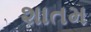
શાતમ